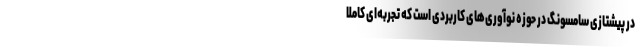
در پیشتازی سامسونگ در حوزه نوآوری‌های کاربردی است که تجربه‌ای کاملا